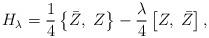
LaTeX: \begin{align*} H_\lambda=\frac 14\left\{\bar Z,\;Z\right\} -\frac\lambda 4\left[Z,\;\bar Z\right],\end{align*}